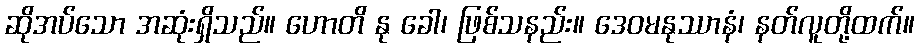
ဆိုအပ်သော အဆုံးရှိသည်။ ဟောတိ နု ခေါ၊ ဖြစ်သနည်း။ ဒေဝမနုဿာနံ၊ နတ်လူတို့ထက်။